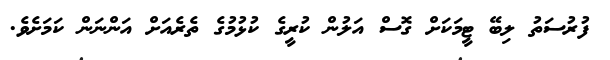
ފުރުސަތު ލިބޭ ޓީމަކަށް ގޮސް އަލުން ކުރީގެ ކުޅުމުގެ ތެރެއަށް އަންނަން ކަމަށެވެ.